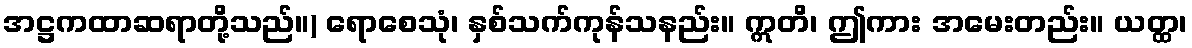
အဋ္ဌကထာဆရာတို့သည်။) ရောစေသုံ၊ နှစ်သက်ကုန်သနည်း။ ဣတိ၊ ဤကား အမေးတည်း။ ယတ္ထ၊